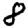
Digit: 8